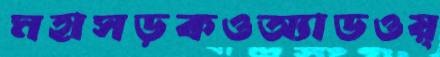
মহাসড়কওঅ্যাডওয়্